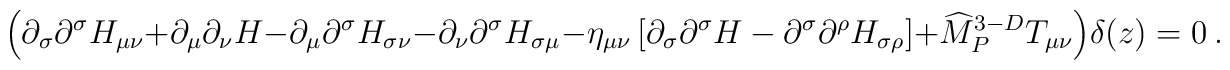
\Big(\partial_\sigma\partial^\sigma  H_{\mu\nu} +\partial_\mu\partial_\nu H-\partial_\mu \partial^\sigma H_{\sigma\nu}- \partial_\nu \partial^\sigma H_{\sigma\mu}-\eta_{\mu\nu} \left[\partial_\sigma\partial^\sigma H-\partial^\sigma\partial^\rho H_{\sigma\rho}\right]+{\widehat M}_P^{3-D}  T_{\mu\nu}\Big) \delta(z)=0~.